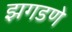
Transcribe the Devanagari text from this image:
झगडणे